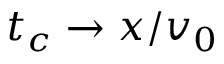
t _ { c } \rightarrow x / v _ { 0 }